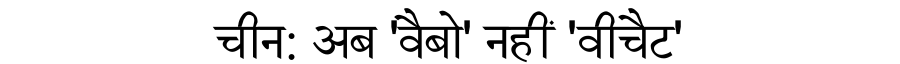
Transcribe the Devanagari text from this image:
चीन: अब 'वैबो' नहीं 'वीचैट'